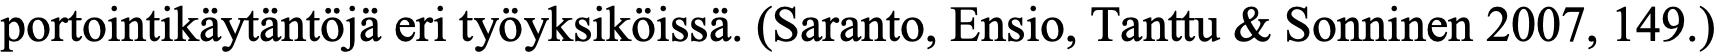
portointikäytäntöjä eri työyksiköissä. (Saranto, Ensio, Tanttu & Sonninen 2007, 149.)